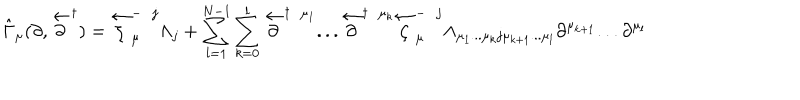
\hat { \Gamma } _ { \mu } ( \partial , \stackrel { \leftarrow } { \partial } ^ { \dagger } ) = \stackrel { \leftarrow } { \zeta } _ { \mu } ^ { - \; \; j } \Lambda _ { j } + \sum _ { l = 1 } ^ { N - 1 } \sum _ { k = 0 } ^ { l } \stackrel { \leftarrow } { \partial } ^ { \dagger \; \; \mu _ { 1 } } . . . \stackrel { \leftarrow } { \partial } ^ { \dagger \; \; \mu _ { k } } \stackrel { \leftarrow } { \zeta } _ { \mu } ^ { - \; \; j } \Lambda _ { \mu _ { 1 } . . . \mu _ { k } j \mu _ { k + 1 } . . . \mu _ { l } } \partial ^ { \mu _ { k + 1 } } . . . \partial ^ { \mu _ { l } }